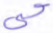
حي